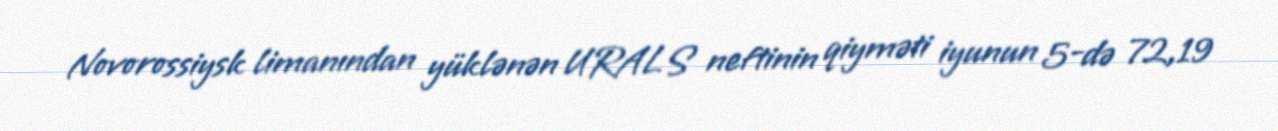
Novorossiysk limanından yüklənən URALS neftinin qiyməti iyunun 5-də 72,19